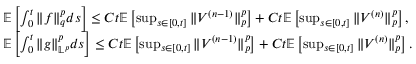
\begin{array} { r l } & { \mathbb E \left[ \int _ { 0 } ^ { t } \| f \| _ { q } ^ { p } d s \right] \leq C t \mathbb E \left[ \operatorname* { s u p } _ { s \in [ 0 , t ] } \| V ^ { ( n - 1 ) } \| _ { p } ^ { p } \right] + C t \mathbb E \left[ \operatorname* { s u p } _ { s \in [ 0 , t ] } \| V ^ { ( n ) } \| _ { p } ^ { p } \right] , } \\ & { \mathbb E \left[ \int _ { 0 } ^ { t } \| g \| _ { \mathbb L ^ { p } } ^ { p } d s \right] \leq C t \mathbb E \left[ \operatorname* { s u p } _ { s \in [ 0 , t ] } \| V ^ { ( n - 1 ) } \| _ { p } ^ { p } \right] + C t \mathbb E \left[ \operatorname* { s u p } _ { s \in [ 0 , t ] } \| V ^ { ( n ) } \| _ { p } ^ { p } \right] . } \end{array}